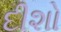
દીશો